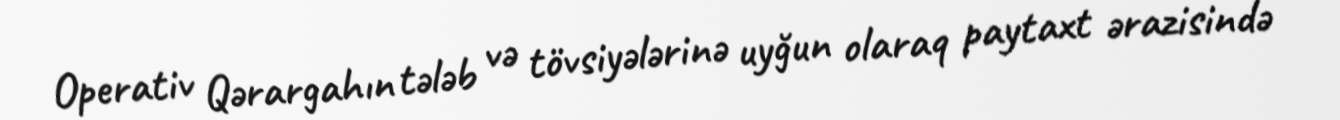
Operativ Qərargahın tələb və tövsiyələrinə uyğun olaraq paytaxt ərazisində